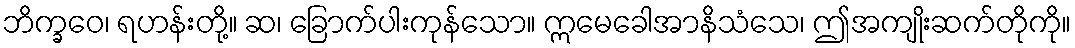
ဘိက္ခဝေ၊ ရဟန်းတို့။ ဆ၊ ခြောက်ပါးကုန်သော။ ဣမေခေါအာနိသံသေ၊ ဤအကျိုးဆက်တိုကို။